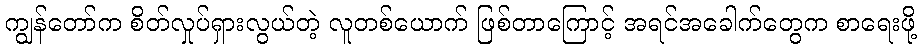
ကျွန်တော်က စိတ်လှုပ်ရှားလွယ်တဲ့ လူတစ်ယောက် ဖြစ်တာကြောင့် အရင်အခေါက်တွေက စာရေးဖို့